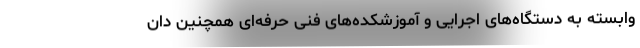
وابسته به دستگاه‌های اجرایی و آموزشکده‌های فنی حرفه‌ای همچنین دان